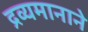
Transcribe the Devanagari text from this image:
द्रव्यमानाने